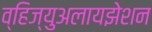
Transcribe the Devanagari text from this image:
व्हिज्युअलायझेशन